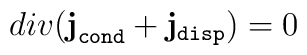
div({\bf j}_{\tt cond}+{\bf j}_{\tt disp})=0